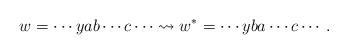
LaTeX: \begin{align*}w= \cdots yab \cdots c \cdots \rightsquigarrow w^*=\cdots yba \cdots c \cdots.\end{align*}